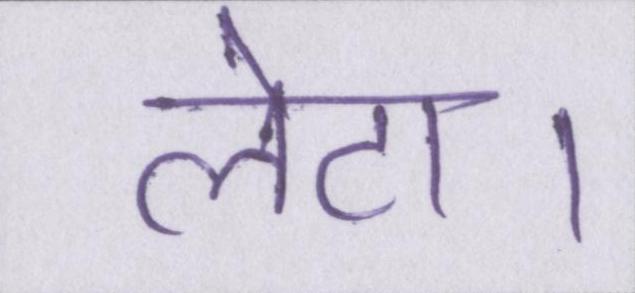
लेटा।